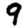
Digit: 9